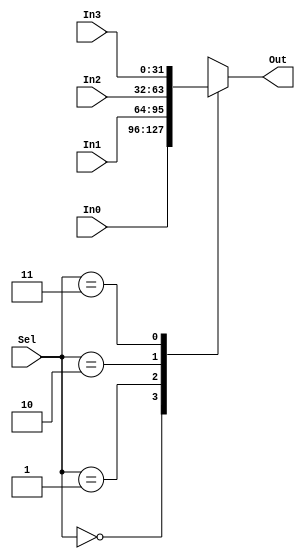
module Mux4 #(parameter WIDTH=32)(
        input wire  [WIDTH-1:0] In0,
        input wire  [WIDTH-1:0] In1,
        input wire  [WIDTH-1:0] In2,
        input wire  [WIDTH-1:0] In3,
        output reg  [WIDTH-1:0] Out,
        input wire  [1:0]       Sel
    );
    
    always @ (*) begin
        case (Sel)
            2'b00: Out = In0;
            2'b01: Out = In1;
            2'b10: Out = In2;
            2'b11: Out = In3;
        endcase
    end

endmodule